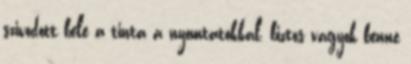
szivodott bele a tinta a nyomtatokkal, biztos vagyok benne